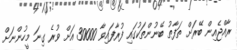
ރާއްޖެއިން ބޭރަށް ތަފާތު ބޭނުންތަކުގައި ފުރާފައިވާ 30000 އަށް ވުރެ ގިނަ މީހުންނަށް